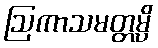
ဩကာသမတ္တမ္ပိ